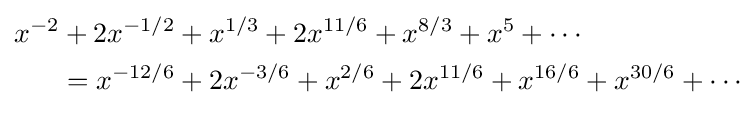
{\begin{aligned}x^{-2}&+2x^{-1/2}+x^{1/3}+2x^{11/6}+x^{8/3}+x^{5}+\cdots \\&=x^{-12/6}+2x^{-3/6}+x^{2/6}+2x^{11/6}+x^{16/6}+x^{30/6}+\cdots \end{aligned}}